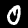
Label: 0